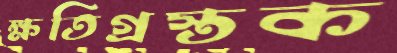
ক্ষতিগ্রস্তক